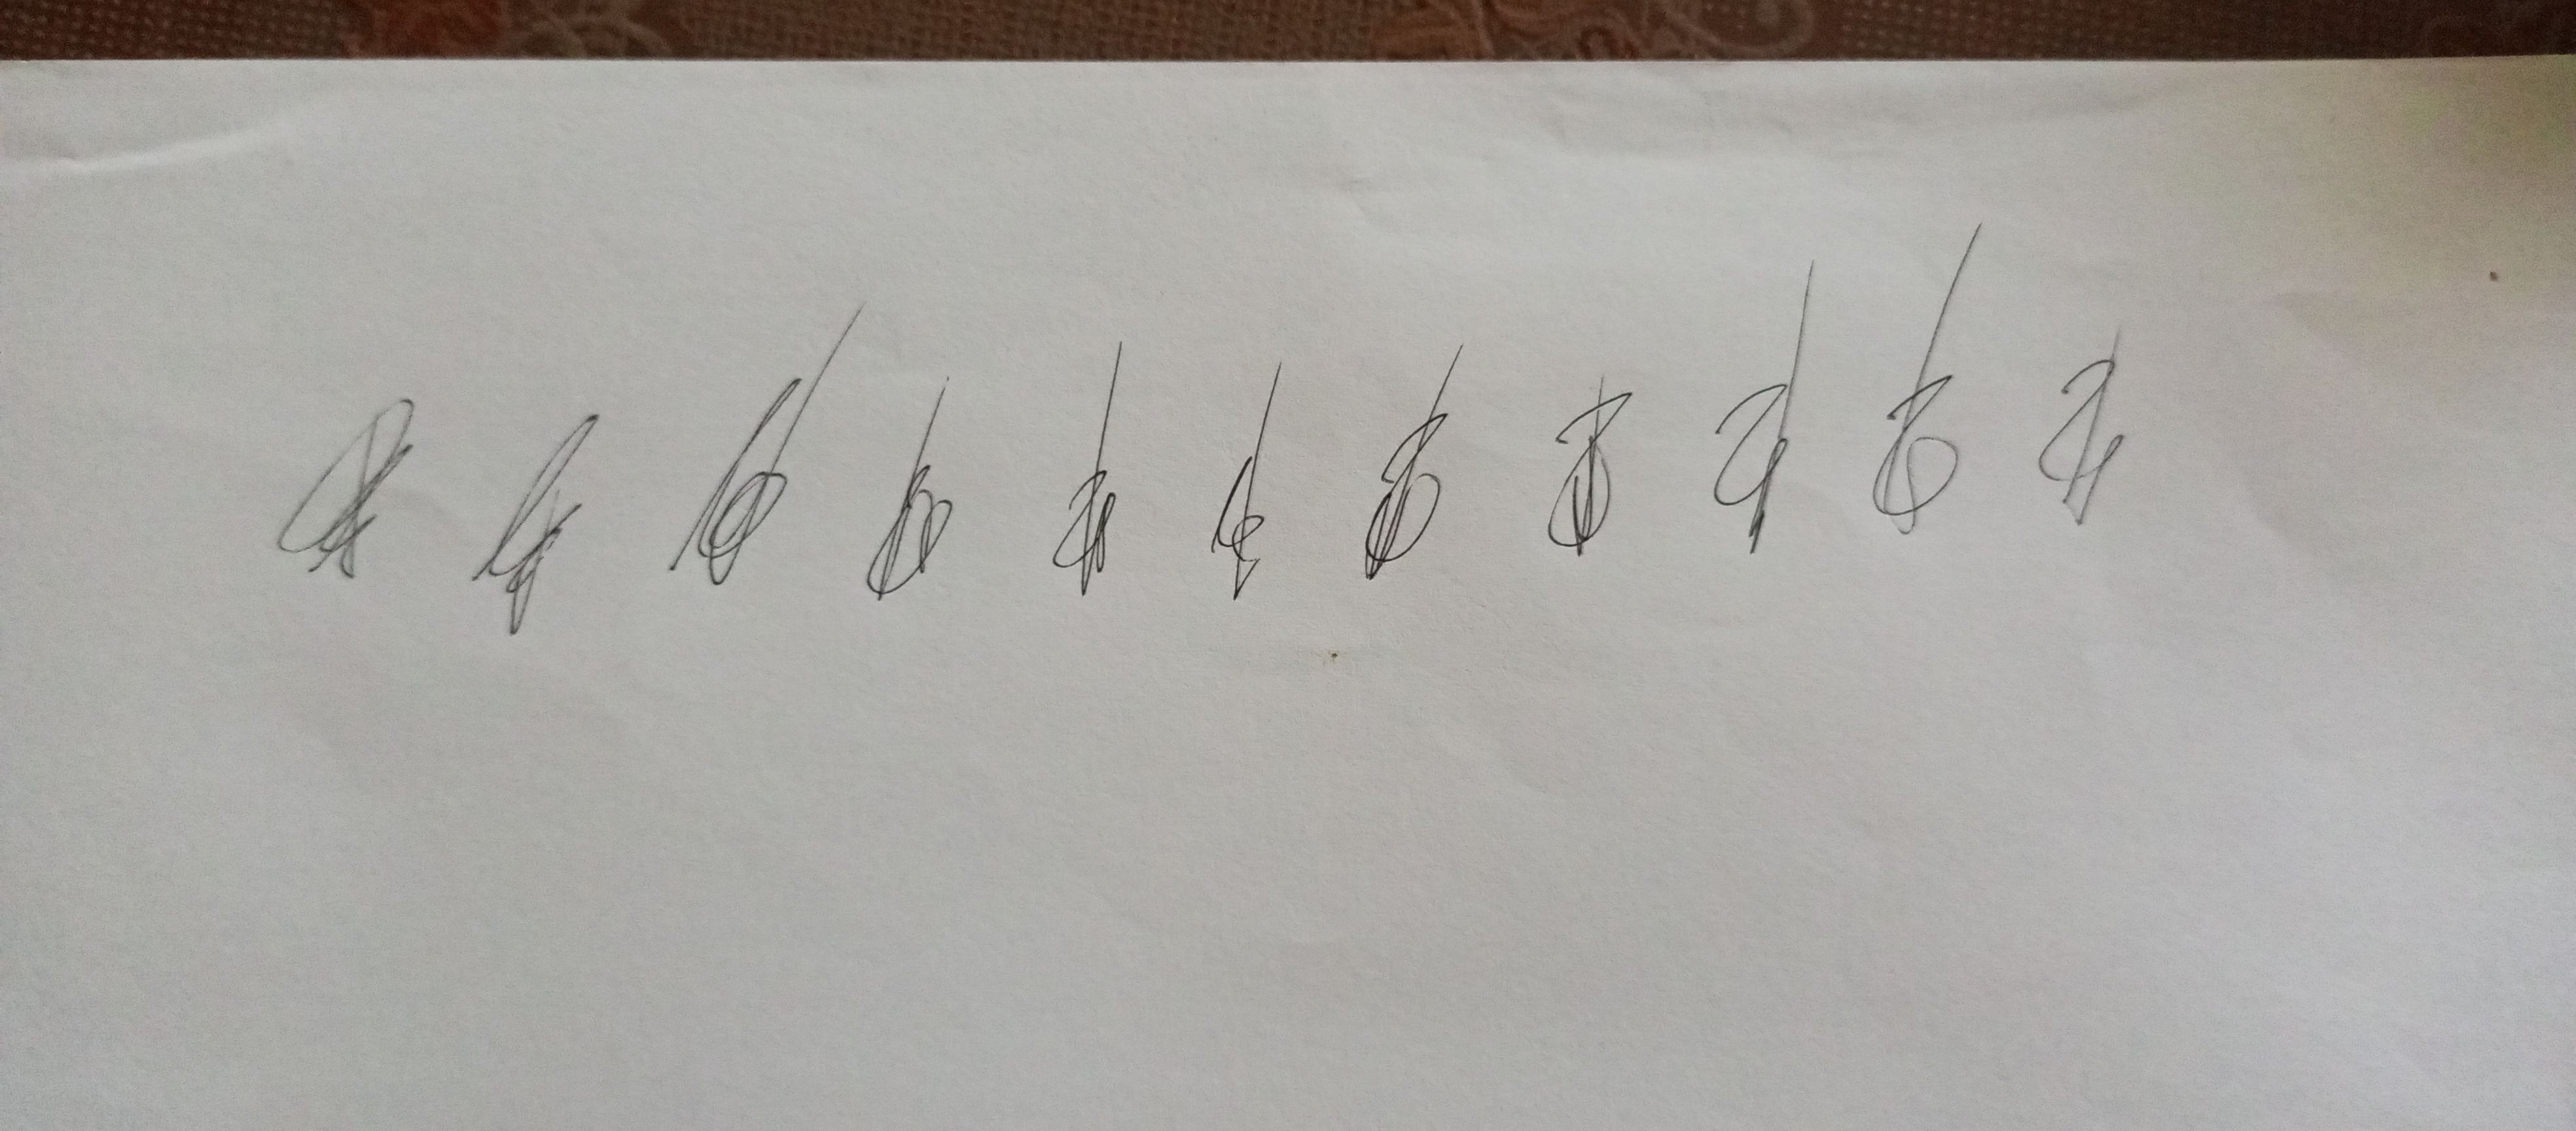
Signature authenticity: genuine